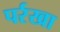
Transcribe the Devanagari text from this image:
पर्रखा